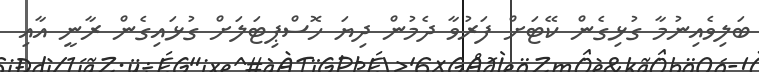
ބަލިވެއިނުމާ ގުޅިގެން ކޭޓަށް ފަރުވާ ދެމުން ދިޔަ ހޮސްޕިޓަލަށް ގުޅައިގެން ރާނީ އާއި